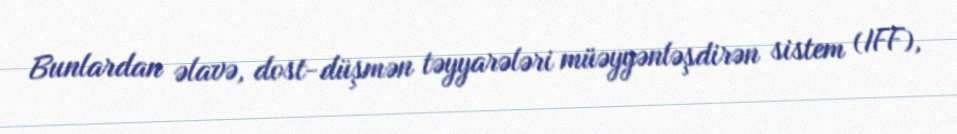
Bunlardan əlavə, dost-düşmən təyyarələri müəyyənləşdirən sistem (IFF),